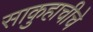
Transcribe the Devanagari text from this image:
साकुहाचीचे